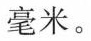
毫米。